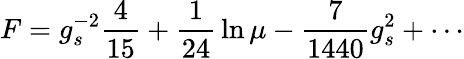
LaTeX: F=g_{s}^{-2}{\frac{4}{15}}+{\frac{1}{24}}\ln\mu-{\frac{7}{1440}}{g_{s}^{2}}+\cdots